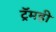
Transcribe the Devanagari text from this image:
ट्रॅमही